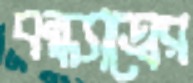
বন্ধ্যাত্বের